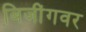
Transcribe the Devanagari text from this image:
बिजींगवर